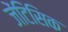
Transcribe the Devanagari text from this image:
जेंटिसिक